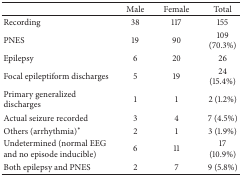
|  | Male | Female | Total |
 | --- | --- | --- | --- |
 | Recording | 38 | 117 | 155 |
 | PNES | 19 | 90 | 109 (70.3%) |
 | Epilepsy | 6 | 20 | 26 |
 | Focal epileptiform discharges | 5 | 19 | 24 (15.4%) |
 | Primary generalized discharges | 1 | 1 | 2 (1.2%) |
 | Actual seizure recorded | 3 | 4 | 7 (4.5%) |
 | Others (arrhythmia)∗ | 2 | 1 | 3 (1.9%) |
 | Undetermined (normal EEG and no episode inducible) | 6 | 11 | 17 (10.9%) |
 | Both epilepsy and PNES | 2 | 7 | 9 (5.8%) |